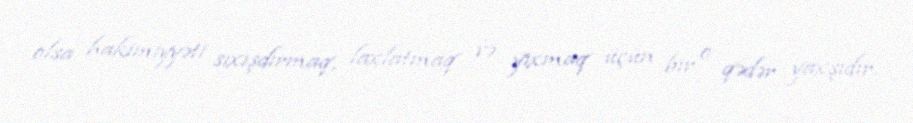
olsa hakimiyyəti sıxışdırmaq, laxlatmaq və yıxmaq üçün bir o qədər yaxşıdır.